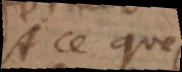
A ce que